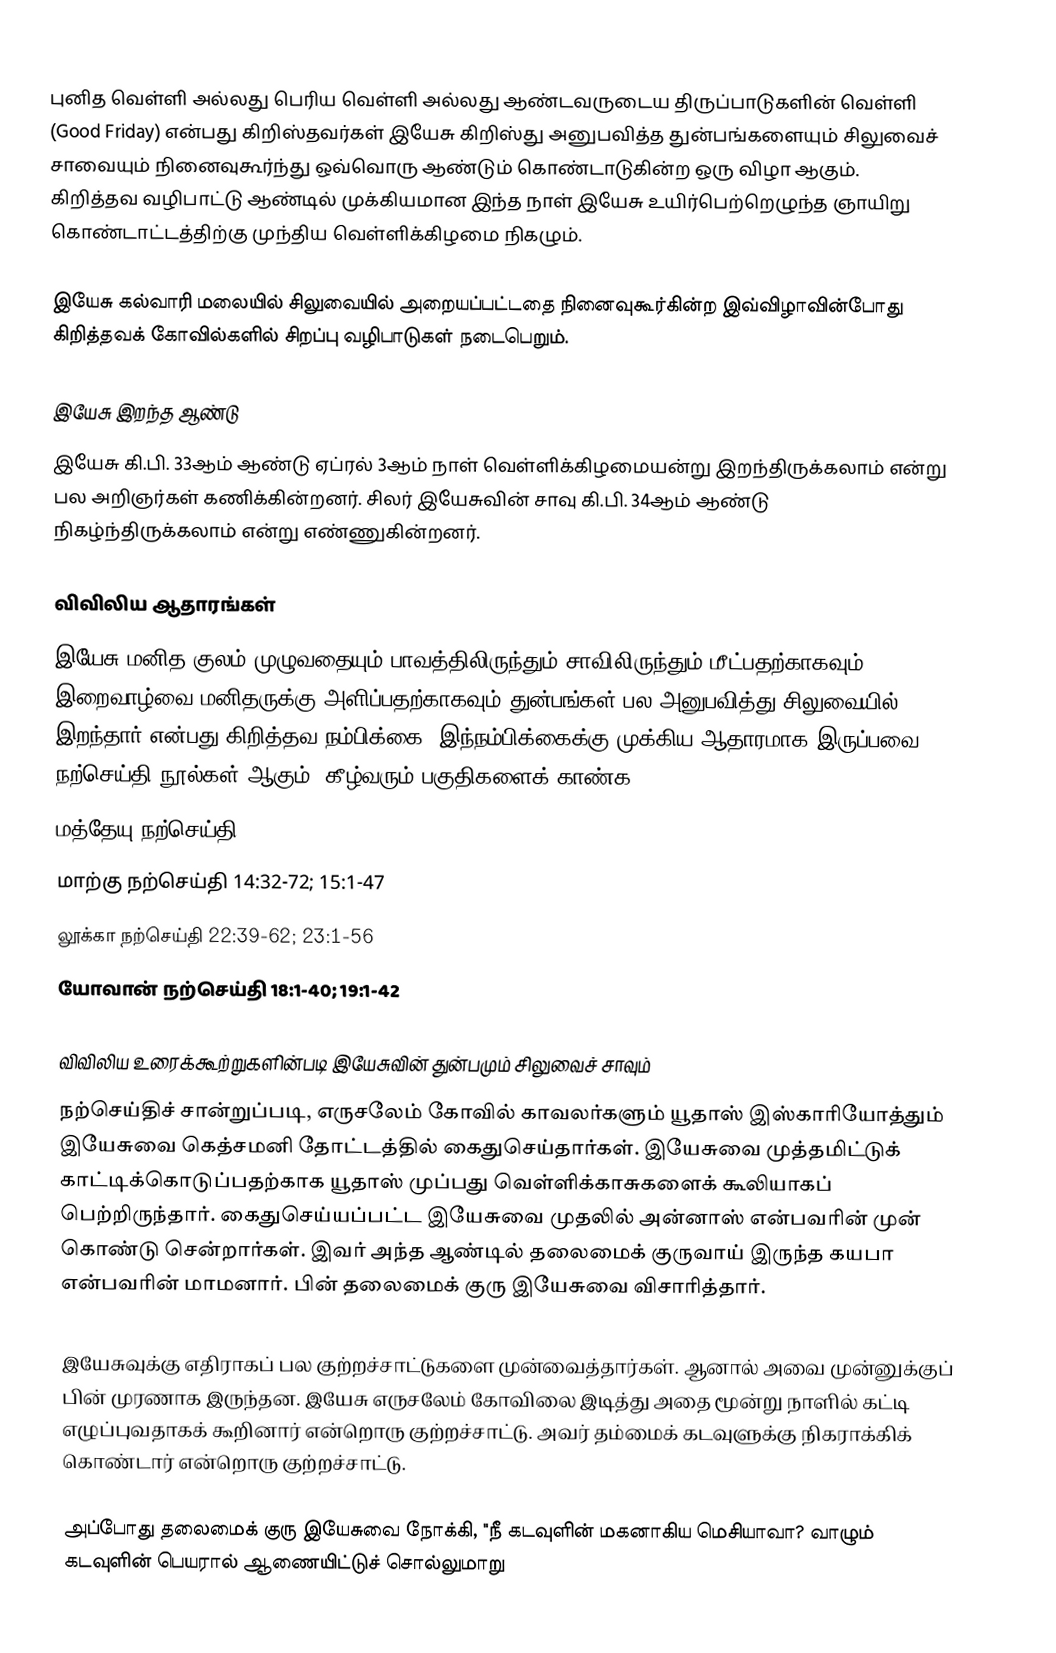
புனித வெள்ளி அல்லது பெரிய வெள்ளி அல்லது ஆண்டவருடைய திருப்பாடுகளின் வெள்ளி (Good Friday) என்பது கிறிஸ்தவர்கள் இயேசு கிறிஸ்து அனுபவித்த துன்பங்களையும் சிலுவைச் சாவையும் நினைவுகூர்ந்து ஒவ்வொரு ஆண்டும் கொண்டாடுகின்ற ஒரு விழா ஆகும். கிறித்தவ வழிபாட்டு ஆண்டில் முக்கியமான இந்த நாள் இயேசு உயிர்பெற்றெழுந்த ஞாயிறு கொண்டாட்டத்திற்கு முந்திய வெள்ளிக்கிழமை நிகழும்.

இயேசு கல்வாரி மலையில் சிலுவையில் அறையப்பட்டதை நினைவுகூர்கின்ற இவ்விழாவின்போது கிறித்தவக் கோவில்களில் சிறப்பு வழிபாடுகள் நடைபெறும்.

இயேசு இறந்த ஆண்டு
இயேசு கி.பி. 33ஆம் ஆண்டு ஏப்ரல் 3ஆம் நாள் வெள்ளிக்கிழமையன்று இறந்திருக்கலாம் என்று பல அறிஞர்கள் கணிக்கின்றனர். சிலர் இயேசுவின் சாவு கி.பி. 34ஆம் ஆண்டு நிகழ்ந்திருக்கலாம் என்று எண்ணுகின்றனர்.

விவிலிய ஆதாரங்கள்
இயேசு மனித குலம் முழுவதையும் பாவத்திலிருந்தும் சாவிலிருந்தும் மீட்பதற்காகவும், இறைவாழ்வை மனிதருக்கு அளிப்பதற்காகவும் துன்பங்கள் பல அனுபவித்து சிலுவையில் இறந்தார் என்பது கிறித்தவ நம்பிக்கை. இந்நம்பிக்கைக்கு முக்கிய ஆதாரமாக இருப்பவை நற்செய்தி நூல்கள் ஆகும். கீழ்வரும் பகுதிகளைக் காண்க:
மத்தேயு நற்செய்தி 26:36-75; 27:1-61
மாற்கு நற்செய்தி 14:32-72; 15:1-47
லூக்கா நற்செய்தி 22:39-62; 23:1-56
யோவான் நற்செய்தி 18:1-40; 19:1-42

விவிலிய உரைக்கூற்றுகளின்படி இயேசுவின் துன்பமும் சிலுவைச் சாவும்
நற்செய்திச் சான்றுப்படி, எருசலேம் கோவில் காவலர்களும் யூதாஸ் இஸ்காரியோத்தும் இயேசுவை கெத்சமனி தோட்டத்தில் கைதுசெய்தார்கள். இயேசுவை முத்தமிட்டுக் காட்டிக்கொடுப்பதற்காக யூதாஸ் முப்பது வெள்ளிக்காசுகளைக் கூலியாகப் பெற்றிருந்தார். கைதுசெய்யப்பட்ட இயேசுவை முதலில் அன்னாஸ் என்பவரின் முன் கொண்டு சென்றார்கள். இவர் அந்த ஆண்டில் தலைமைக் குருவாய் இருந்த கயபா என்பவரின் மாமனார். பின் தலைமைக் குரு இயேசுவை விசாரித்தார்.

இயேசுவுக்கு எதிராகப் பல குற்றச்சாட்டுகளை முன்வைத்தார்கள். ஆனால் அவை முன்னுக்குப் பின் முரணாக இருந்தன. இயேசு எருசலேம் கோவிலை இடித்து அதை மூன்று நாளில் கட்டி எழுப்புவதாகக் கூறினார் என்றொரு குற்றச்சாட்டு. அவர் தம்மைக் கடவுளுக்கு நிகராக்கிக் கொண்டார் என்றொரு குற்றச்சாட்டு.

அப்போது தலைமைக் குரு இயேசுவை நோக்கி, "நீ கடவுளின் மகனாகிய மெசியாவா? வாழும் கடவுளின் பெயரால் ஆணையிட்டுச் சொல்லுமாறு